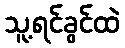
သူ့ရင်ခွင်ထဲ